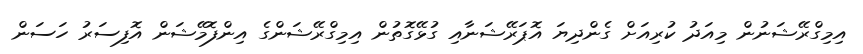
އިމިގްރޭޝަނުން މިއަދު ކުރިއަށް ގެންދިޔަ އޮޕަރޭޝަނާއި ގުޅޭގޮތުން އިމިގްރޭޝަންގެ އިންފޮމޭޝަން އޮފިސަރު ހަސަން